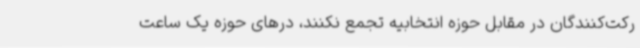
رکت‌کنندگان در مقابل حوزه انتخابیه تجمع نکنند، درهای حوزه یک ساعت